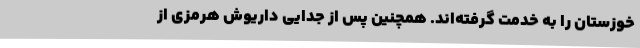
خوزستان را به خدمت گرفته‌اند. همچنین پس از جدایی داریوش هرمزی از